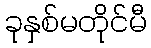
ခုနှစ်မတိုင်မီ